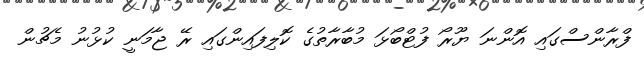
ފްރާންސްގައި އޮންނަ ޔޫރޯ ފުޓްބޯޅަ މުބާރާތުގެ ކޮލިފައިންގައި ރޭ ޖާމަނީ ކުޅުނު މެޗުން